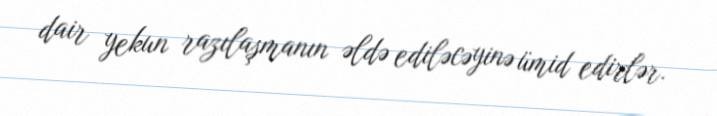
dair yekun razılaşmanın əldə ediləcəyinə ümid edirlər.